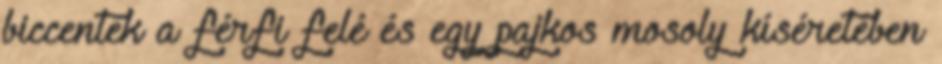
biccentek a férfi felé és egy pajkos mosoly kíséretében